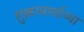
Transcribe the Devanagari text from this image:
शुक्राचार्याच्या